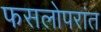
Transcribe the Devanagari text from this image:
फसलोपरांत